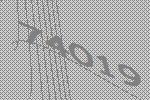
74019